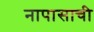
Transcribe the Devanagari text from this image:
नापासाची